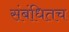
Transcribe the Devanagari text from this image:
संबंधितच